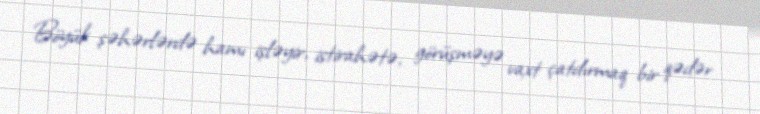
Böyük şəhərlərdə hamı işləyir, istirahətə, görüşməyə vaxt çatdırmaq bir qədər